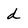
Character: d